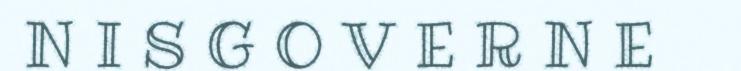
N I S G O V E R N E